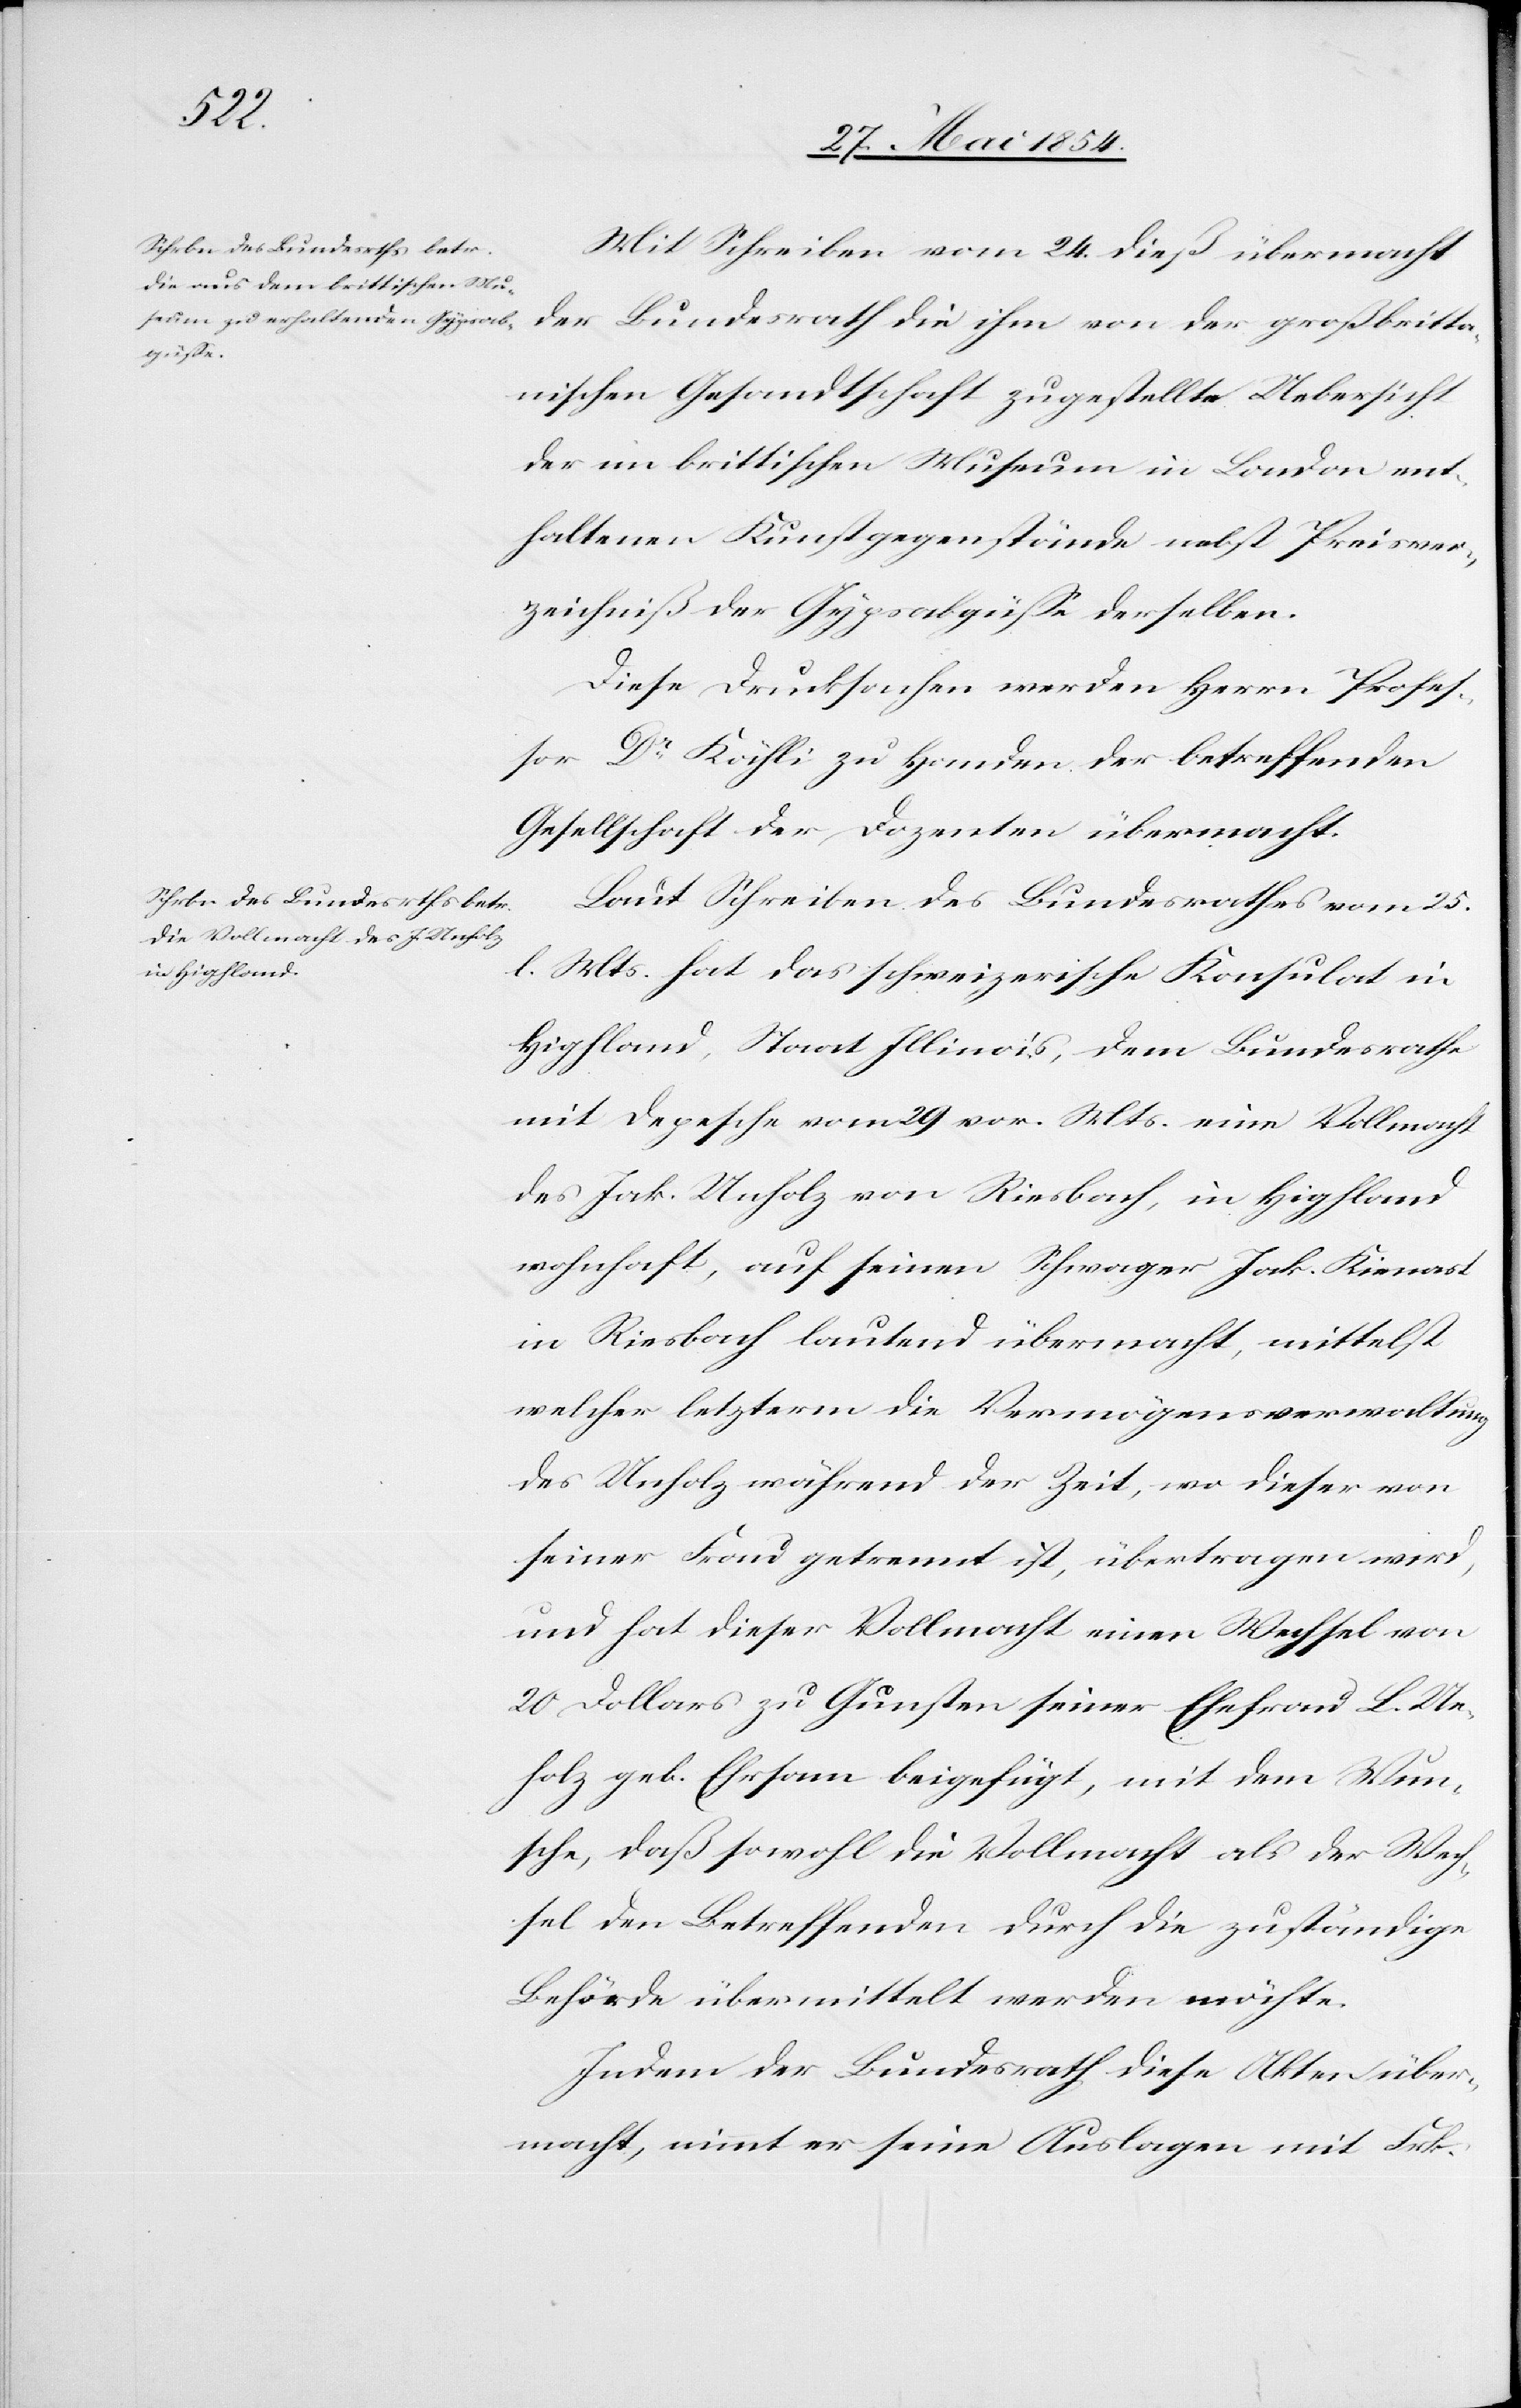
Mit Schreiben vom 24. dieß übermacht
der Bundesrath die ihm von der großbritt¬
ischen Gesandtschaft zugestellte Uebersicht
der im brittischen Museum in London ent¬
haltenen Kunstgegenstände nebst Preisver¬
zeichniß der Gypsabgüße derselben.
Diese Drucksachen werden Herrn Profe¬
ßor Dr Kähli zu Handen der betreffenden
Gesellschaft der Dozenten übermacht.
Laut Schreiben des Bundesrathes vom 25.
l. Mts. hat das schweizerische Konsulat in
Highland, Staats Illinois, dem Bundesrathe
mit Depesche vom 29. vor. Mts eine Vollmacht
des Jak. Unholz von Riesbach, in Highland
wohnhaft, auf seinen Schwager Jak. Kienast
in Riesbach lautend übermacht, mittelst
welcher letzterm die Vermögensverwaltung
des Unholz während der Zeit, wo dieser von
seiner Frau getrennt ist, übertragen wird,
und hat dieser Vollmacht einen Wechsel von
20 Dollars zu Gunsten seiner Ehefrau L. Un¬
holz geb. Ehrsam beigefügt, mit dem Wun¬
sche, daß sowohl die Vollmacht als der Wec¬
hsel den Betreffenden durch die zuständige
Behörde übermittelt werden möchte.
Indem der Bundesrath diese Aktenüber¬
macht, nimmt er seine Auslagen mit Frk.